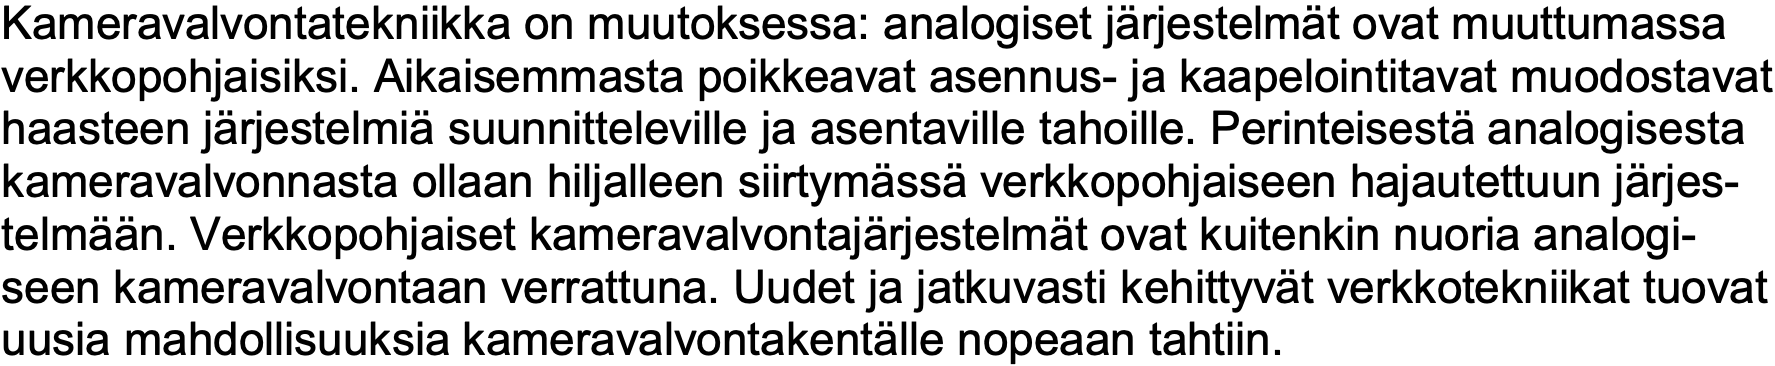
Kameravalvontatekniikka on muutoksessa: analogiset järjestelmät ovat muuttumassa verkkopohjaisiksi. Aikaisemmasta poikkeavat asennus- ja kaapelointitavat muodostavat haasteen järjestelmiä suunnitteleville ja asentaville tahoille. Perinteisestä analogisesta kameravalvonnasta ollaan hiljalleen siirtymässä verkkopohjaiseen hajautettuun järjes- telmään. Verkkopohjaiset kameravalvontajärjestelmät ovat kuitenkin nuoria analogi- seen kameravalvontaan verrattuna. Uudet ja jatkuvasti kehittyvät verkkotekniikat tuovat uusia mahdollisuuksia kameravalvontakentälle nopeaan tahtiin.